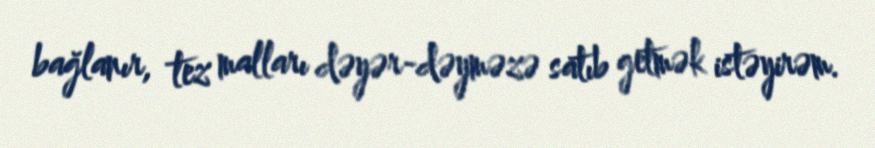
bağlanır, tez malları dəyər-dəyməzə satıb getmək istəyirəm.